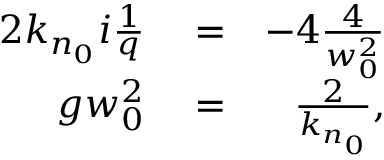
\begin{array} { r l r } { 2 k _ { n _ { 0 } } i \frac { 1 } { q } } & { { } = } & { - 4 \frac { 4 } { w _ { 0 } ^ { 2 } } } \\ { g w _ { 0 } ^ { 2 } } & { { } = } & { \frac { 2 } { k _ { n _ { 0 } } } , } \end{array}